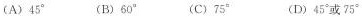
(A)45°(B)60° (C)75” (D)45°或75°